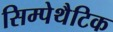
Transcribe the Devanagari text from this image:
सिम्पेथैटिक